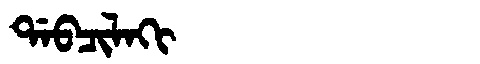
Manchu: ᡩᠠᠪᠴᡳᠯᠠᡴᡳ
Romanization: DABCILAKI